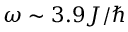
\omega \sim 3 . 9 J / \hbar